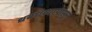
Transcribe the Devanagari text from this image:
धबधब्यापासून